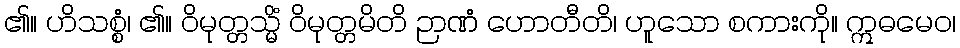
၏။ ဟိသစ္စံ၊ ၏။ ဝိမုတ္တသ္မိံ ဝိမုတ္တမိတိ ဉာဏံ ဟောတီတိ၊ ဟူသော စကားကို။ ဣဓမေဝ၊